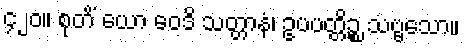
၄၂၀။ စုတိံ ယော ဝေဒိ သတ္တာနံ၊ ဥပပတ္တိဉ္စ သဗ္ဗသော။